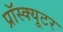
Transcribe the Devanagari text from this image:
प्रॉस्क्यूटर